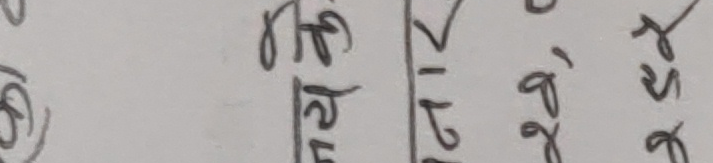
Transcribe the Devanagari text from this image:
हरुलाई।